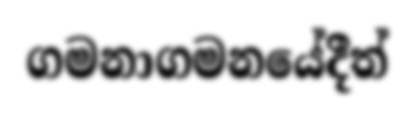
ගමනාගමනයේදීත්